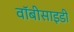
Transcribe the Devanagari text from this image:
वॉबीसाइडी